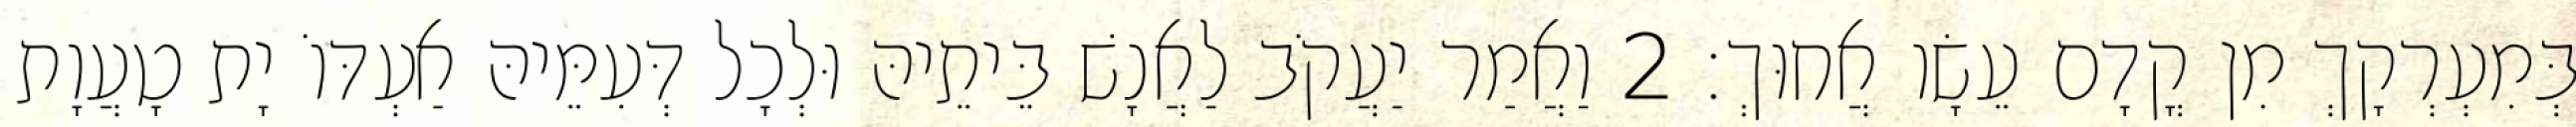
בְּמִעְרְקָךְ מִן קֳדָם עֵשָׂו אֲחוּךְ׃ 2 וַאֲמַר יַעֲקֹב לַאֲנָשׁ בֵּיתֵיהּ וּלְכָל דְּעִמֵּיהּ אַעְדּוֹ יָת טָעֲוָת